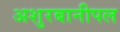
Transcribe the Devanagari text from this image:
अशुरबानीपल